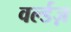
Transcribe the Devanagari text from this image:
वर्ल्डज़